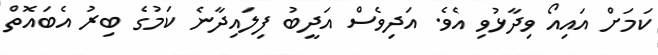
ކަމަށް އައިއޯ ވިދާޅުވި އެވެ. އަދިވެސް އަދީބު ފިލައިދާނެ ކަމުގެ ބިރު އެބައޮތް